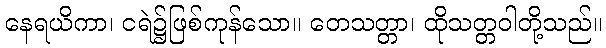
နေရယိကာ၊ ငရဲ၌ဖြစ်ကုန်သော။ တေသတ္တာ၊ ထိုသတ္တဝါတို့သည်။